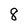
Character: 8